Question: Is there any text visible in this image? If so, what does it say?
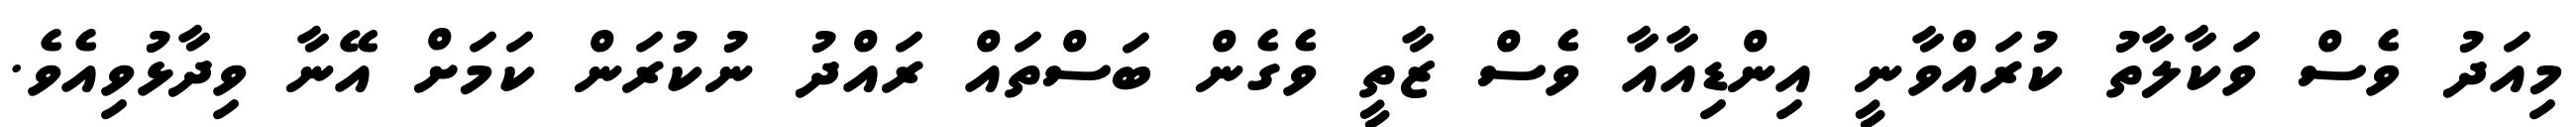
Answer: މިއަދު ވެސް ވަކާލާތު ކުރައްވާނީ އިންޑިއާއާ ވެސް ޒާތީ ވެގެން ބަސްތައް ރައްދު ނުކުރަން ކަމަށް އޭނާ ވިދާޅުވިއެވެ.